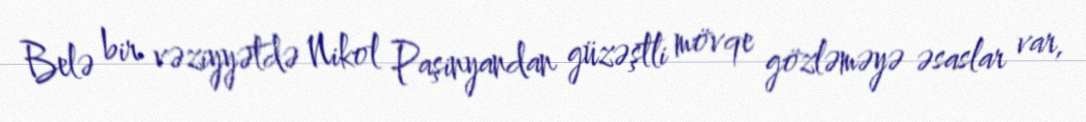
Belə bir vəziyyətdə Nikol Paşinyandan güzəştli mövqe gözləməyə əsaslar var,